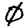
Digit: 0